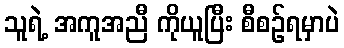
သူရဲ့ အကူအညီ ကိုယူပြီး စီစဉ်ရမှာပဲ